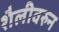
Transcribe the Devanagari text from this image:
शैलीवरुन